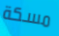
مسكة